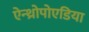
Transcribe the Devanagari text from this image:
ऐन्थ्रोपोएडिया